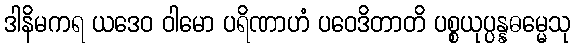
ဒါနိမကရ ယဒေဝ ဝါမော ပရိဏာဟံ ပဝေဒိတာတိ ပစ္စယုပ္ပန္နဓမ္မေသု